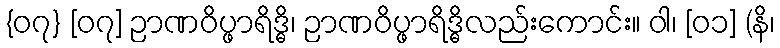
{၀၇} [၀၇] ဉာဏဝိပ္ဖာရိဒ္ဓိ၊ ဉာဏဝိပ္ဖာရိဒ္ဓိလည်းကောင်း။ ဝါ၊ [၀၁] (နိ၊